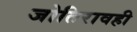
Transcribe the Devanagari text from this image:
जोतिरावही